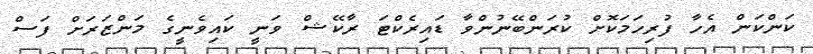
ކަންކަން އެހާ ފުރިހަމަކޮށް ކުރަންބޭނުންވާ ޑައިރެކްޓަ ރާކޭޝް ވަނީ ކައިވެނީގެ މަންޒަރަށް ފަސް